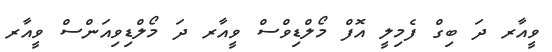
ވީއާރ ދަ ބިގް ފެމިލީ އޮފް މޯލްޑިވްސް ވީއާރ ދަ މޯލްޑިވިއަންސް ވީއާރ